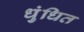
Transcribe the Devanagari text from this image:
धुंधित